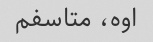
اوه، متاسفم